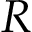
R